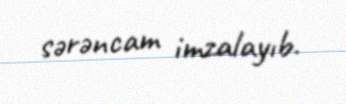
sərəncam imzalayıb.